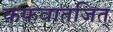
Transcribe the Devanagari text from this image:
कफवातजित्